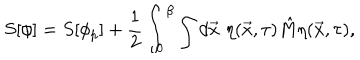
S [ \phi ] = S [ \phi _ { p } ] + \frac { 1 } { 2 } \int _ { 0 } ^ { \beta } \int d \vec { x } \, \, \eta ( \vec { x } , \tau ) \hat { M } \eta ( \vec { x } , \tau ) ,